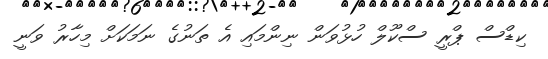
ކިޑްސް ޕްރީ ސްކޫލް ހުޅުވަން ނިންމައި އެ ތަނުގެ ނަމަކަށް މިހާރު ވަނީ